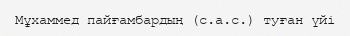
Мұхаммед пайғамбардың (с.а.с.) туған үйі